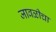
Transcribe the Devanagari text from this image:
जावळीचा